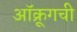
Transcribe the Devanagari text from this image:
ऑक्रूगची